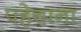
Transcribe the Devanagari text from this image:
पहेचाना